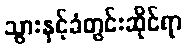
သွားနှင့်ခံတွင်းဆိုင်ရာ